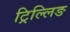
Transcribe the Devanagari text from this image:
ट्रिल्लिङ